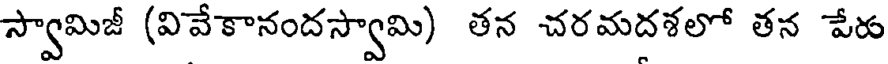
స్వామిజీ (వివేకానందస్వామి) తన చరమదశలో తన పేరు